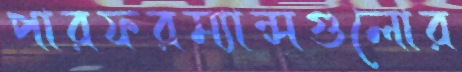
পারফরম্যান্সগুলোর